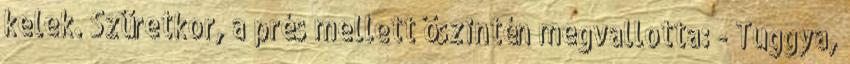
kelek. Szüretkor, a prés mellett őszintén megvallotta: - Tuggya,